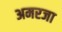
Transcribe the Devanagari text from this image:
अमरजा